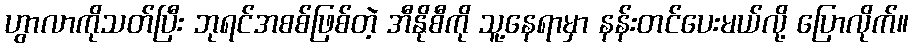
ဟွာလာကိုသတ်ပြီး ဘုရင်အစစ်ဖြစ်တဲ့ အီနိုစီကို သူ့နေရာမှာ နန်းတင်ပေးမယ်လို့ ပြောလိုက်။